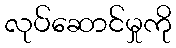
လုပ်ဆောင်မှုကို